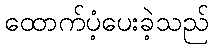
ထောက်ပံ့ပေးခဲ့သည်